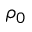
\rho _ { 0 }